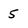
Character: 5